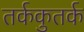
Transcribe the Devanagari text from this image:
तर्ककुतर्क